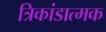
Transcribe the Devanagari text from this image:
त्रिकांडात्मक